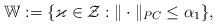
LaTeX: \begin{align*}\mathbb{W}:=\{\varkappa\in \mathcal{Z}: \|\cdot\|_{ PC}\leq \alpha_{1}\},\end{align*}